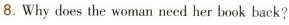
8.Why does the woman need her book back?